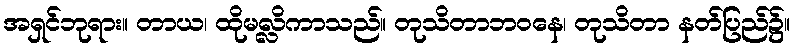
အရှင်ဘုရား။ တာယ၊ ထိုမလ္လိကာသည်။ တုသိတာဘဝနေ၊ တုသိတာ နတ်ပြည်၌။